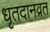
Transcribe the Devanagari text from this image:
धृतदानव्रत